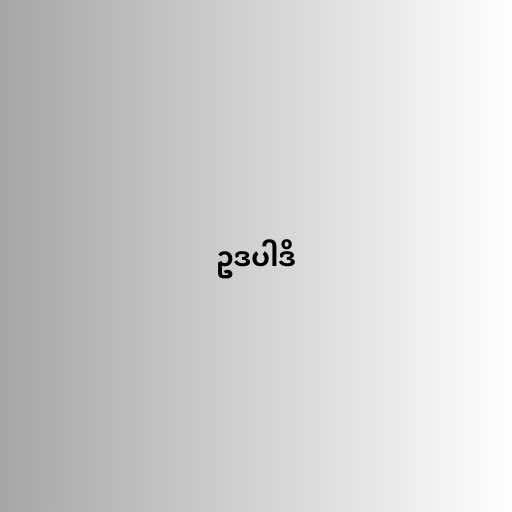
ဥဒပါဒိ